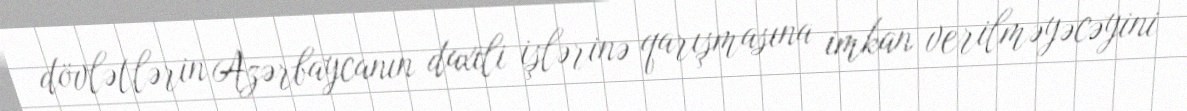
dövlətlərin Azərbaycanın daxili işlərinə qarışmasına imkan verilməyəcəyini